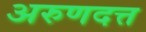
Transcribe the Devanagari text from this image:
अरुणदत्त